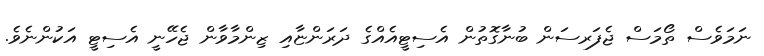
ނަމަވެސް ތޯމަސް ޖެފަރސަން ބުނާގޮތުން އެސިޓީއެއްގެ ދަރަންޏާއި ޒިންމާވާން ޖެހޭނީ އެސިޓީ އަކުންނެވެ.